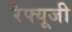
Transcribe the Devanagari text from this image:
रेफ्यूजी